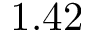
1 . 4 2